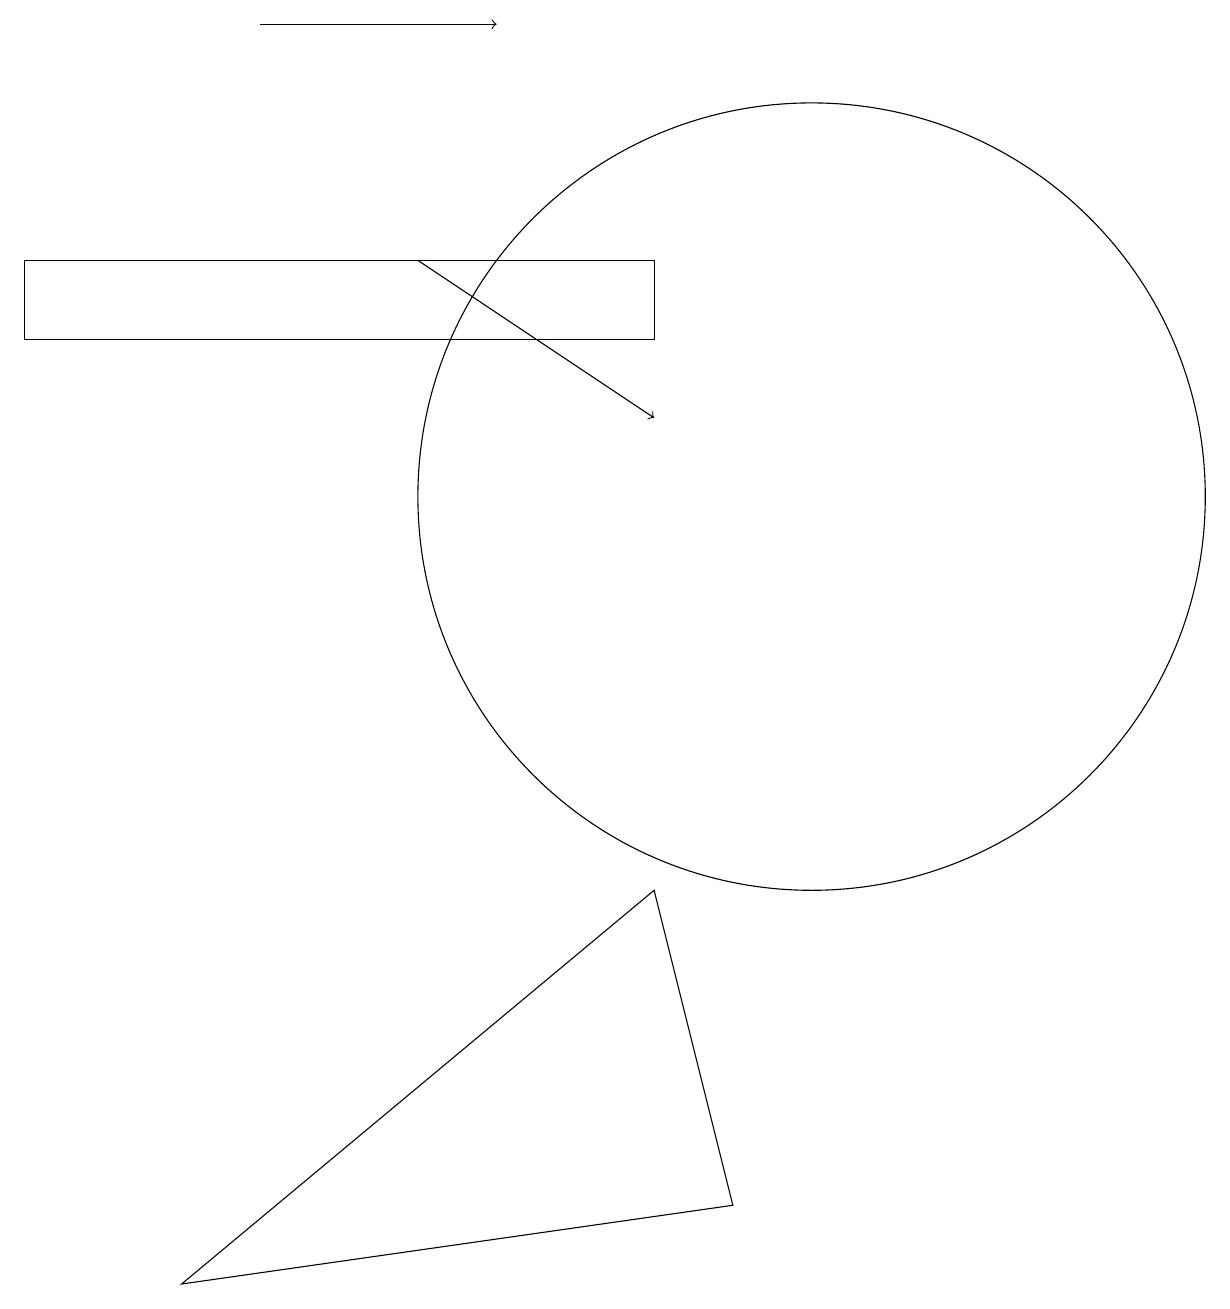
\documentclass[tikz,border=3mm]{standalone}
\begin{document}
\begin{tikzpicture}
\draw (0,12) rectangle (8,13);
\draw[->] (5,13) -- (8,11);
\draw (9,1) -- (8,5) -- (2,0) -- cycle;
\draw (10,10) circle (5);
\draw[->] (3,16) -- (6,16);
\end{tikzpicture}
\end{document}